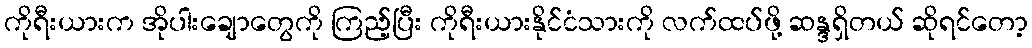
ကိုရီးယားက အိုပါးချောတွေကို ကြည့်ပြီး ကိုရီးယားနိုင်ငံသားကို လက်ထပ်ဖို့ ဆန္ဒရှိတယ် ဆိုရင်တော့